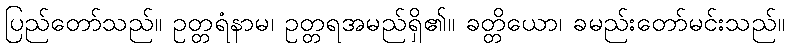
ပြည်တော်သည်။ ဥတ္တရံနာမ၊ ဥတ္တရအမည်ရှိ၏။ ခတ္တိယော၊ ခမည်းတော်မင်းသည်။